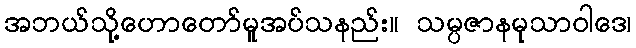
အဘယ်သို့ဟောတော်မူအပ်သနည်း။ သမ္ပဇာနမုသာဝါဒေ၊